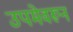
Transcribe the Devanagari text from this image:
उपमेवरून